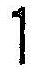
1